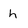
Character: h